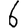
Digit: 6